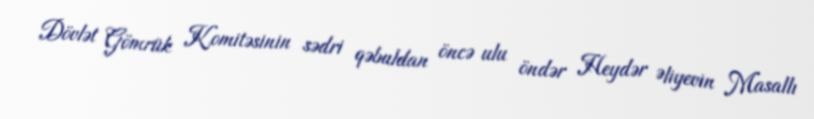
Dövlət Gömrük Komitəsinin sədri qəbuldan öncə ulu öndər Heydər Əliyevin Masallı